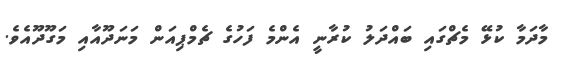
މާދަމާ ކުޅޭ މެޗްގައި ބައްދަލު ކުރާނީ އެންމެ ފަހުގެ ޗެމްޕިއަން މަނަދޫއާއި މަގޫދޫއެވެ.